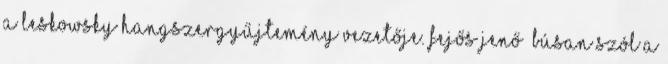
a Leskowsky Hangszergyűjtemény vezetője. Fejős Jenő “Búsan szól a